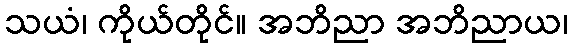
သယံ၊ ကိုယ်တိုင်။ အဘိညာ အဘိညာယ၊